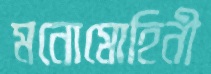
মনোমোহিনী